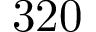
3 2 0